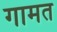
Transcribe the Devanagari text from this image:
गामत